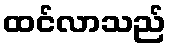
ထင်လာသည်